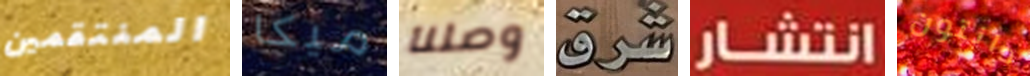
المنتقمين ميكا وصلنا شرق انتشار دانتون